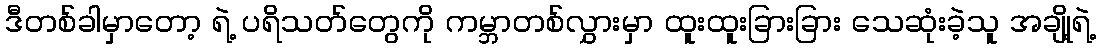
ဒီတစ်ခါမှာတော့ ရဲ့ ပရိသတ်တွေကို ကမ္ဘာတစ်လွှားမှာ ထူးထူးခြားခြား သေဆုံးခဲ့သူ အချို့ရဲ့